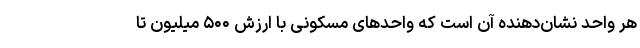
هر واحد نشان‌دهنده آن است که واحد‌های مسکونی با ارزش ۵۰۰ میلیون تا